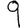
Digit: 9